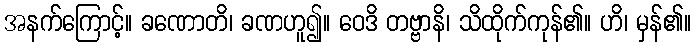
အနက်ကြောင့်။ ခဏောတိ၊ ခဏဟူ၍။ ဝေဒိ တဗ္ဗာနိ၊ သိထိုက်ကုန်၏။ ဟိ၊ မှန်၏။